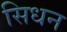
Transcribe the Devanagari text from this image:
सिधन